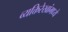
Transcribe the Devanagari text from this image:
व्यक्तिरेखांमध्ये